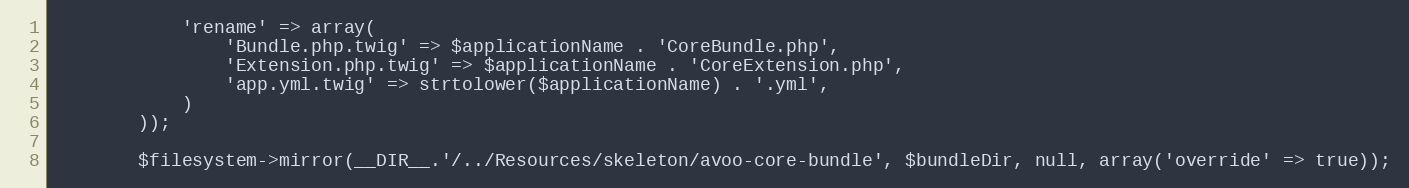
Language: PHP
            'rename' => array(
                'Bundle.php.twig' => $applicationName . 'CoreBundle.php',
                'Extension.php.twig' => $applicationName . 'CoreExtension.php',
                'app.yml.twig' => strtolower($applicationName) . '.yml',
            )
        ));

        $filesystem->mirror(__DIR__.'/../Resources/skeleton/avoo-core-bundle', $bundleDir, null, array('override' => true));